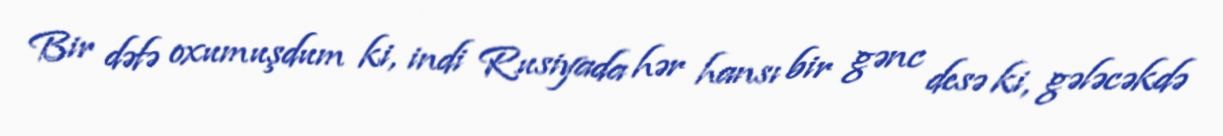
Bir dəfə oxumuşdum ki, indi Rusiyada hər hansı bir gənc desə ki, gələcəkdə